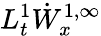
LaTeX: L_{t}^{1}\dot{W}_{x}^{1,\infty}